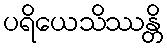
ပရိယေသိဿန္တိ